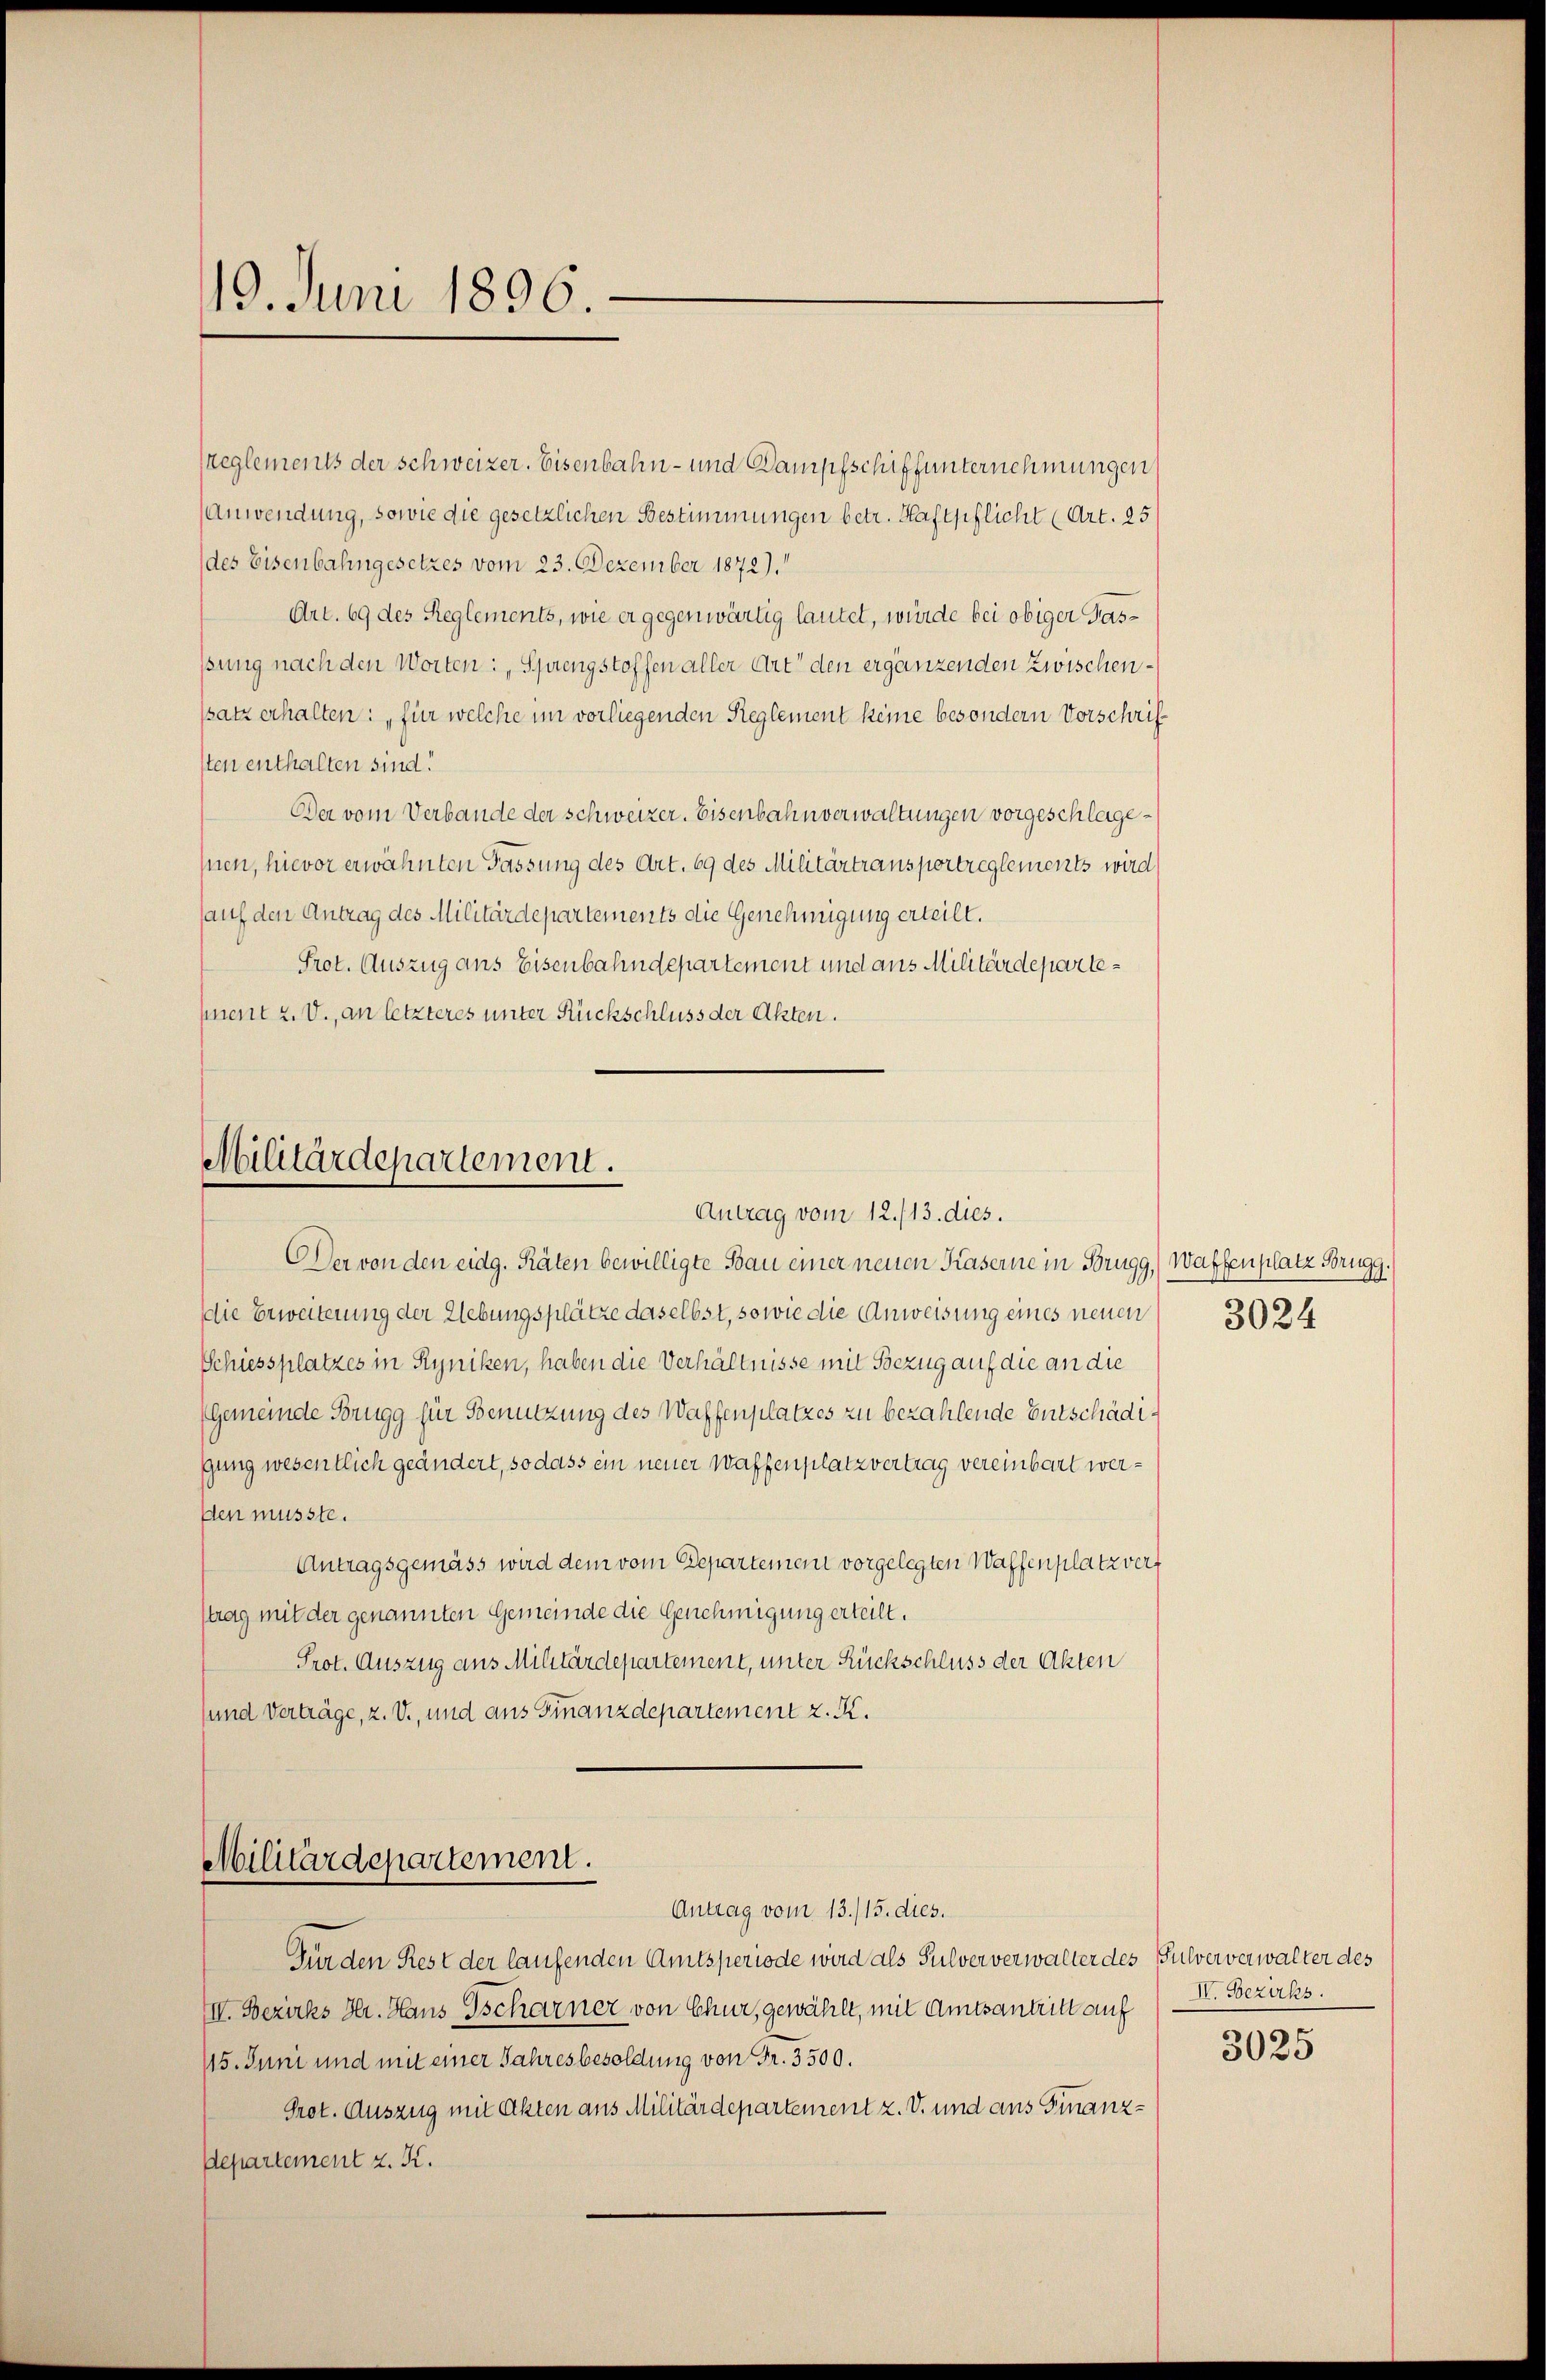
19. Juni 1896.

Militärdepartement.
Antrag vom 12./13. dies.

sreglements der Schweizer. Eisenbahn- und Dampfschiffunternehmungen
Anwendung, sowie die gesetzlichen Bestimmungen betr. Haftpflicht (Art. 25
(des Eisenbahngesetzes vom 23. Dezember 1872).
Art. 69 des Reglements, wie er gegenwärtig lautet, würde bei obiger Gasßung nach den Worten: Sprengstoffen aller Art den ergänzenden Zwischenssatz erhalten: „für welche im vorliegenden Reglement keine besondern Vorschrifsten enthalten sind!
Der vom Verbande der Schweizer. Eisenbahnverwaltungen vorgeschlagesnen, hievor erwähnten Fassung des Art. 69 des Militärtransportreglements wird
auf den Antrag des Militärdepartements die Genehmigung erteilt.
Prot. Auszug aus Eisenbahndepartement und aus Militärdepartement z. V., an letzteres unter Rückschluss der Akten.

Der von den eidg. Räten bewilligte Bau einer neuen Kaserne in Brugg, Waffenplatz Brugg.
Die Erweiterung der Uebungsplätze daselbst, sowie die Anweisung eines neuen
Schiessplatzes in Ryniken, haben die Verhältnisse mit Bezug auf die an die
Gemeinde Brugg für Benutzung des Waffenplatzes zu bezahlende Entschädigung wesentlich geändert, so dass ein neuer Waffenplatz vertrag vereinbart werden musste.
Antragsgemäss wird dem vom Departemen vorgelegten Waffenplatz verf
strag mit der genannten Gemeinde die Genehmigung erteilt.
Prot. Auszug aus Militärdepartement, unter Rückschluss der Akten
sund Verträge, z. V., und aus Finanzdepartement z. K.
Militärdepartement.
Antrag vom 13./15. dies.
Für den Rest der laufenden Amtsperiode wird als Sulververwalter des Pulververwalter des
III. Bezirks Hr. Haus Tscharner von Chur, gewählt, mit Amtsantritt auf
115. Juni und mit einer Jahresbesoldung von Fr. 3500.
Prot. Auszug mit Akten aus Militärdepartement z. V. und aus Finanz¬
Departement z. K.

3024

IV. Bezirks
3025